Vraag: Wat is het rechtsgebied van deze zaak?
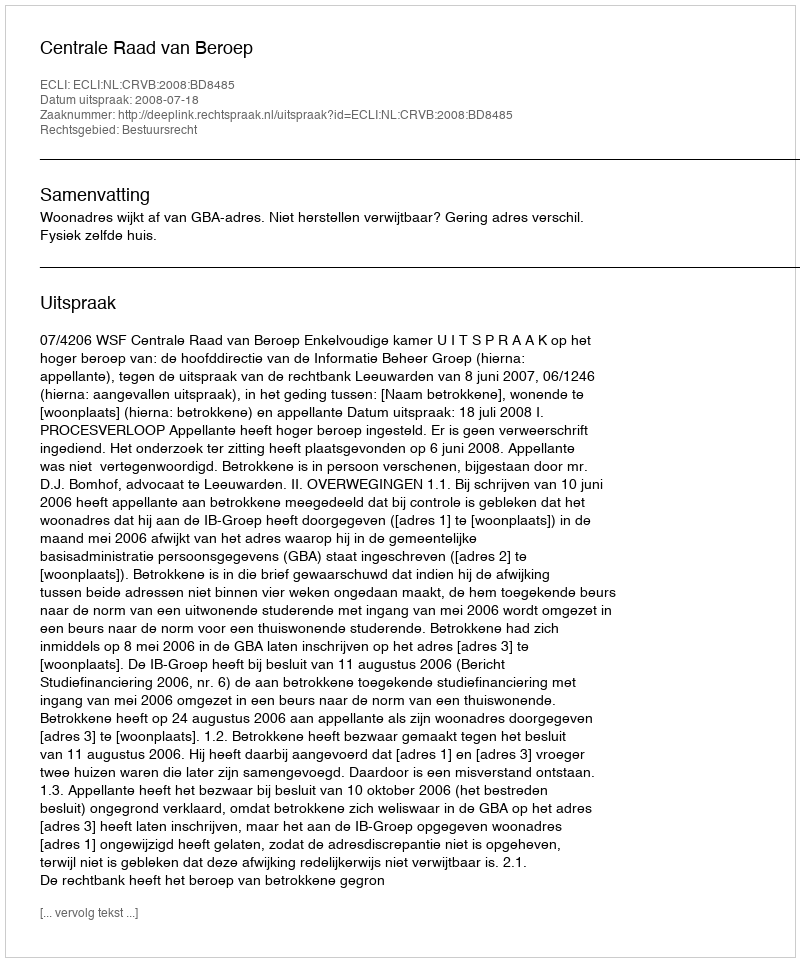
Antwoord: Bestuursrecht